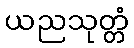
ယညသုတ္တံ